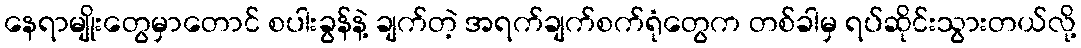
နေရာမျိုးတွေမှာတောင် စပါးခွန်နဲ့ ချက်တဲ့ အရက်ချက်စက်ရုံတွေက တစ်ခါမှ ရပ်ဆိုင်းသွားတယ်လို့